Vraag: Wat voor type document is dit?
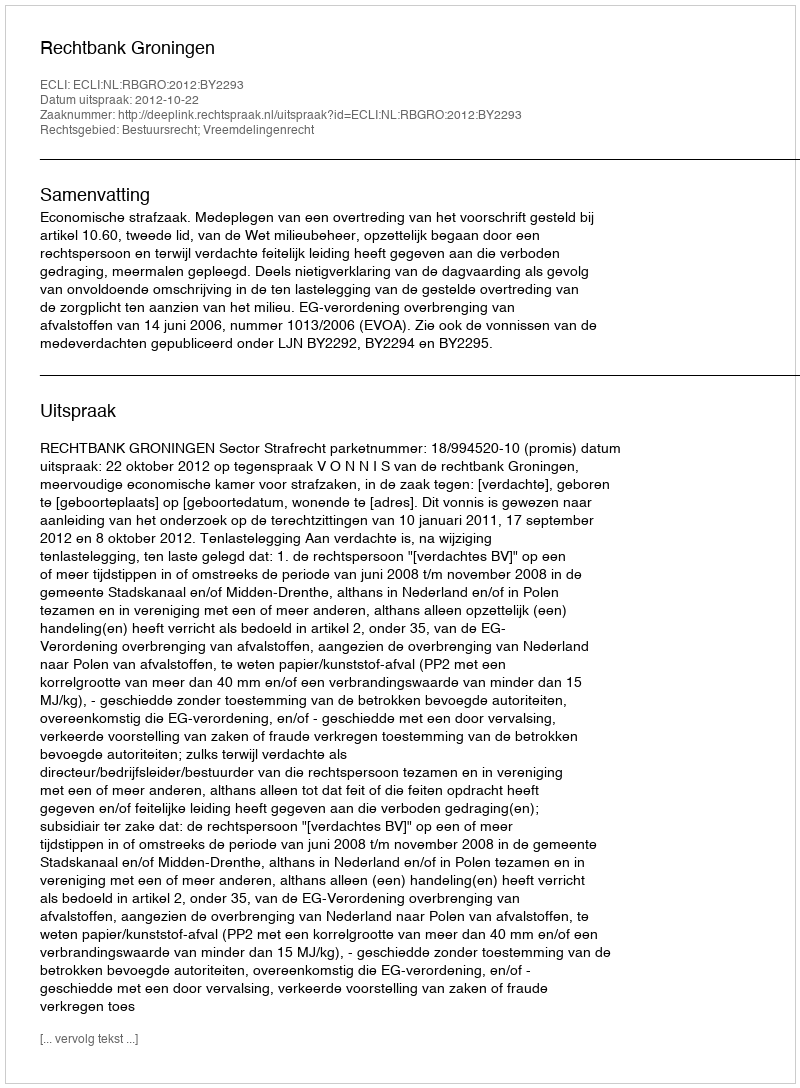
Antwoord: Uitspraak